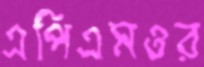
এপিএমওর